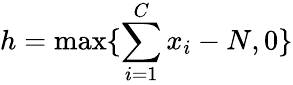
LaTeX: h=\operatorname*{max}\{ \sum_{i=1}^{C}x_{i}-N,0\}